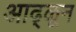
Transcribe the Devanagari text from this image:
आढ्ळून